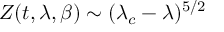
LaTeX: { \cal Z } ( t , \lambda , \beta ) \sim ( \lambda _ { c } - \lambda ) ^ { 5 / 2 }